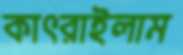
কাৎরাইলাম